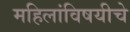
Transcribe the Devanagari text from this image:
महिलांविषयीचे